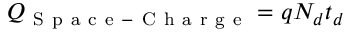
Q _ { \mathrm { ~ S ~ p ~ a ~ c ~ e ~ - ~ C ~ h ~ a ~ r ~ g ~ e ~ } } = q N _ { d } t _ { d }